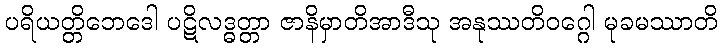
ပရိယတ္တိဘေဒေါ ပဋိလဒ္ဓတ္တာ ဇာနိမှာတိအာဒီသု အနုဿတိဝဂ္ဂေါ မုခမဿာတိ